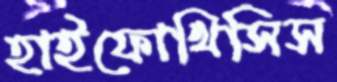
হাইফোথিসিস